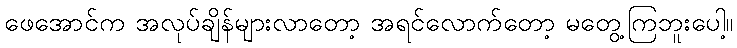
ဖေအောင်က အလုပ်ချိန်များလာတော့ အရင်လောက်တော့ မတွေ့ကြဘူးပေါ့။